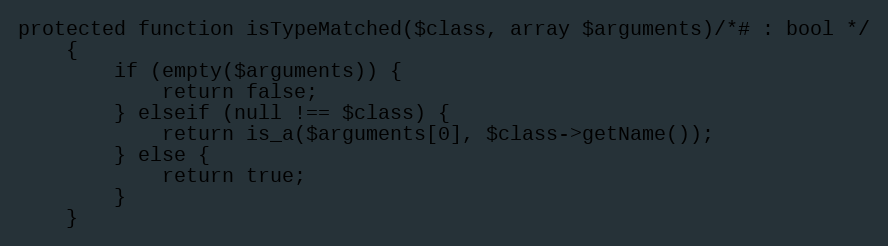
Language: PHP
protected function isTypeMatched($class, array $arguments)/*# : bool */
    {
        if (empty($arguments)) {
            return false;
        } elseif (null !== $class) {
            return is_a($arguments[0], $class->getName());
        } else {
            return true;
        }
    }